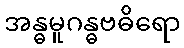
အန္ဓမူဂန္ဓဗဓိရော